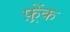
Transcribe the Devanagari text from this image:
फ़्रेंक